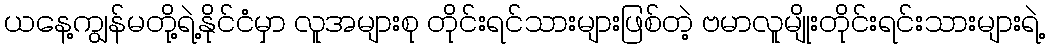
ယနေ့ကျွန်မတို့ရဲ့နိုင်ငံမှာ လူအများစု တိုင်းရင်သားများဖြစ်တဲ့ ဗမာလူမျိုးတိုင်းရင်းသားများရဲ့